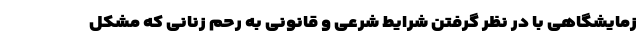
زمایشگاهی با در نظر گرفتن شرایط شرعی و قانونی به رحم زنانی که مشکل